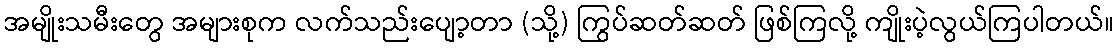
အမျိုးသမီးတွေ အများစုက လက်သည်းပျော့တာ (သို့) ကြွပ်ဆတ်ဆတ် ဖြစ်ကြလို့ ကျိုးပဲ့လွယ်ကြပါတယ်။